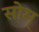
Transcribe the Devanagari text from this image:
सोम्